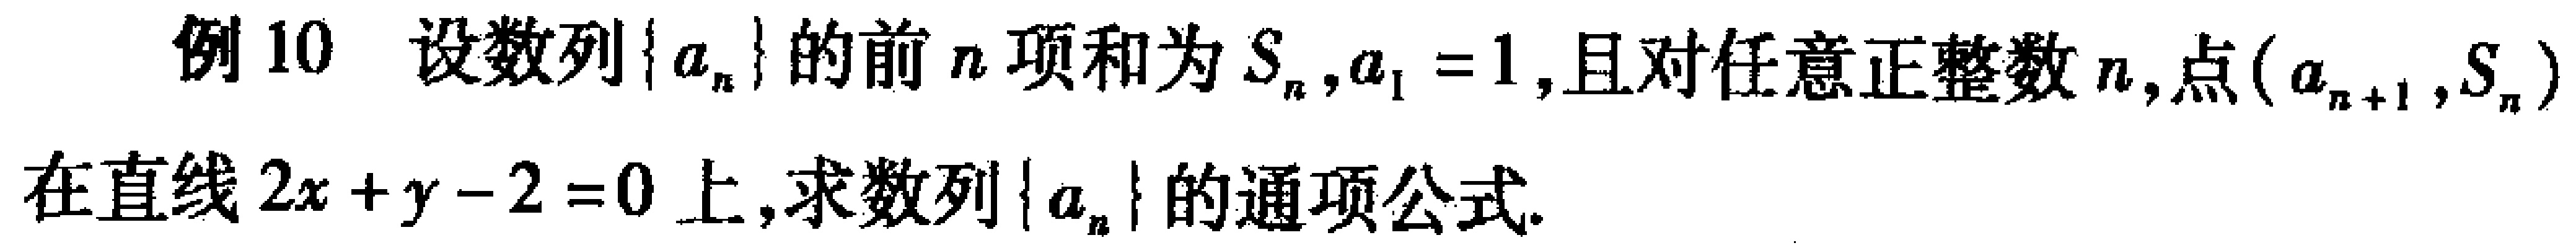
例10 设数列\(\{a_{n}\}\)的前\(n\)项和为\(S_{n},a_{1} = 1\),且对任意正整数\(n\),点\((a_{n + 1},S_{n})\)在直线\(2x + y - 2 = 0\)上,求数列\(\{a_{n}\}\)的通项公式.